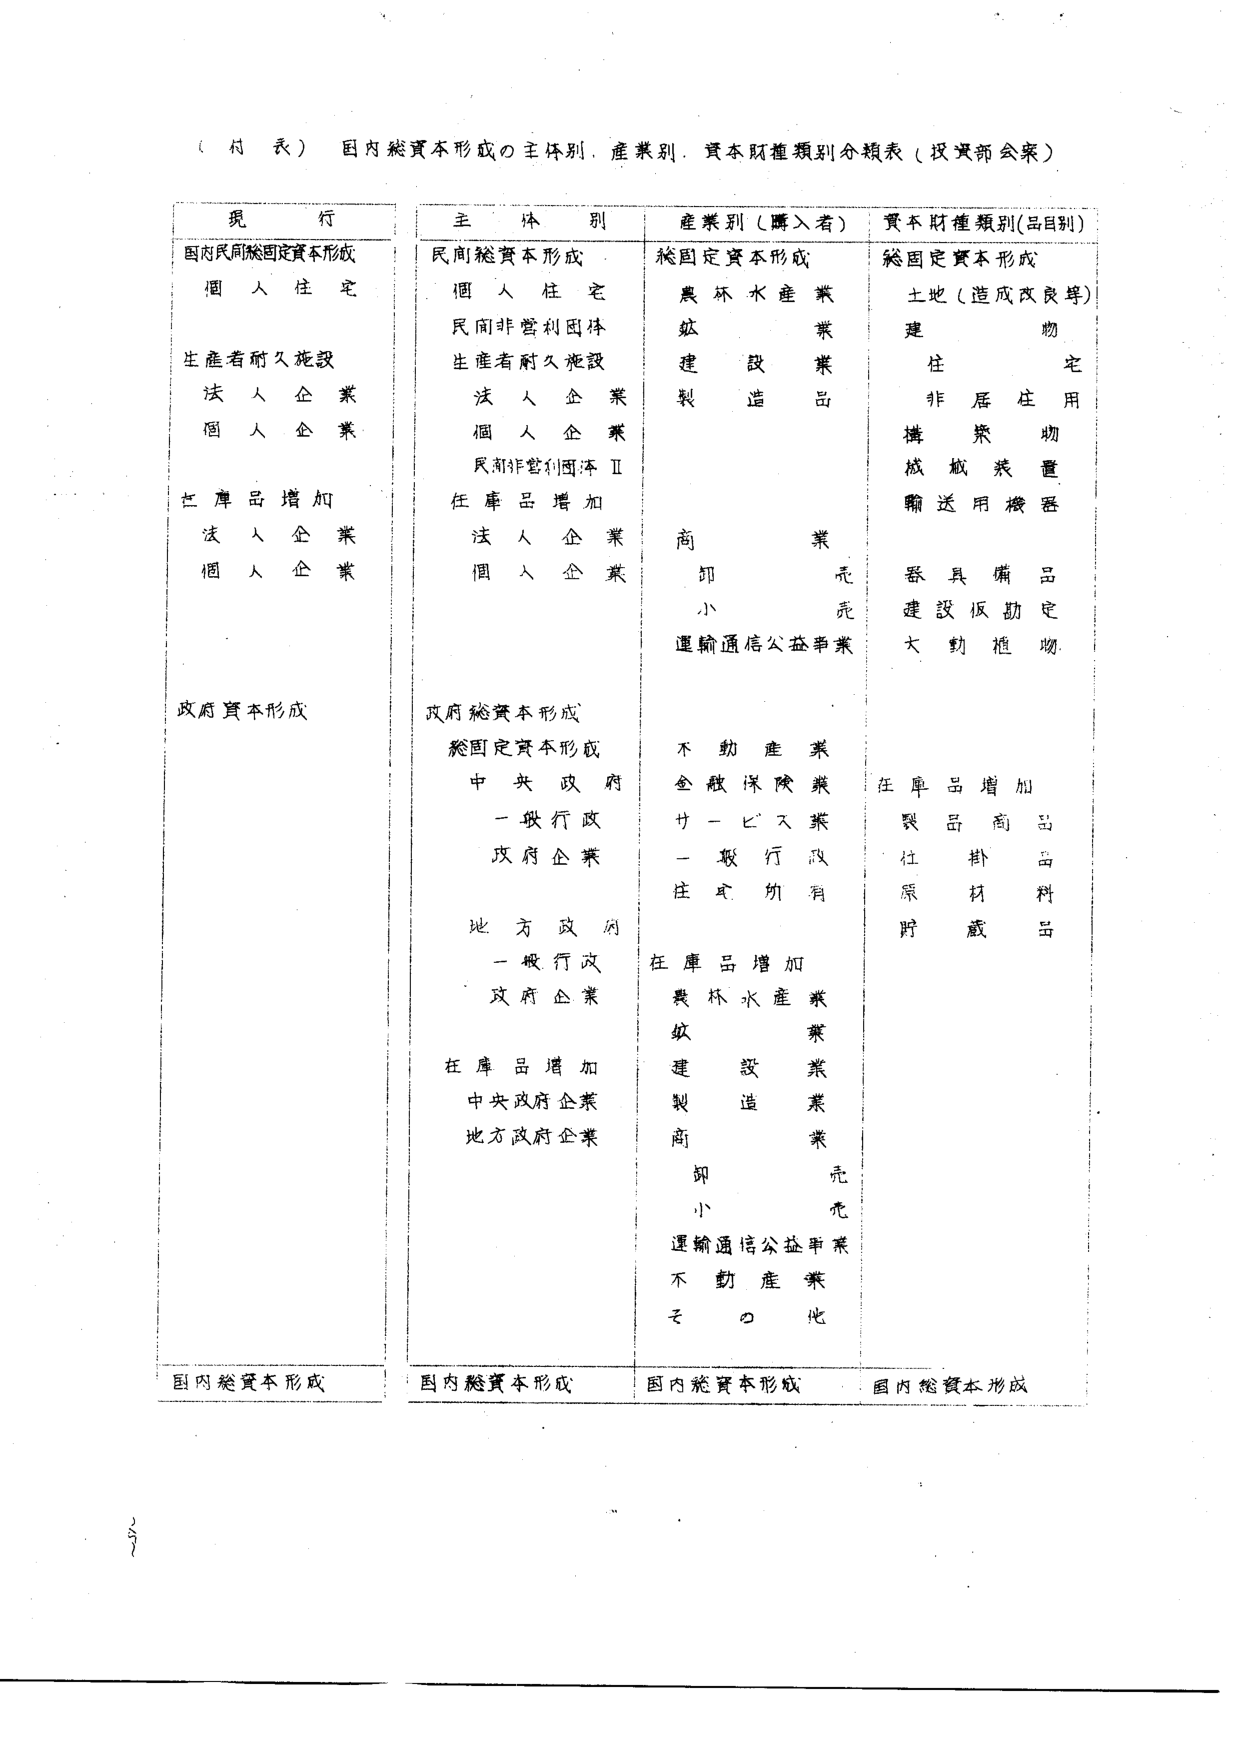
（付表）国内総資本形成の主体別、産業別、資本財種類別分類表（投資部会案）

現行
国内民間総固定資本形成
個人住宅
生産者耐久施設
法人企業
個人企業
在庫品増加
法人企業
個人企業
政府資本形成
国内総資本形成

主体別
民間総資本形成
個人住宅
民間非営利団体
生産者耐久施設
法人企業
個人企業
民間非営利団体Ⅱ
在庫品増加
法人企業
個人企業
政府総資本形成
総固定資本形成
中央政府
一般行政
政府企業
地方政府
一般行政
政府企業
在庫品増加
中央政府企業
地方政府企業
国内総資本形成

産業別（購入者）
総固定資本形成
農林水産業
鉱業
建設業
製造品
商業
卸売
小売
運輸通信公益事業
不動産業
金融保険業
サービス業
一般行政
住宅所有
在庫品増加
農林水産業
鉱業
建設業
製造業
商業
卸売
小売
運輸通信公益事業
不動産業
その他
国内総資本形成

資本財種類別（品目別）
総固定資本形成
土地（造成改良等）
建物
住宅
非居住用
構築物
機械装置
輸送用機器
器具備品
建設仮勘定
大動植物
在庫品増加
製品商品
仕掛品
原材料
貯蔵品
国内総資本形成